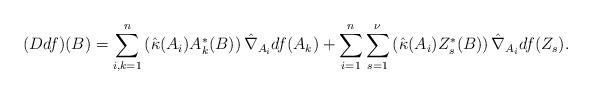
LaTeX: \begin{align*} (D df)(B) & = \sum_{i,k=1}^n\left( \hat{\kappa}(A_i) A_k^*(B) \right) \hat{\nabla}_{A_i} df(A_k) + \sum_{i=1}^n \sum_{s=1}^\nu \left( \hat{\kappa}(A_i) Z_s^*(B) \right) \hat{\nabla}_{A_i} df(Z_s).\end{align*}